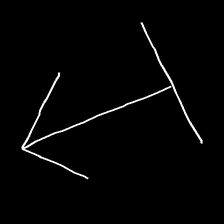
Glyph: levitation